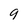
Character: 9